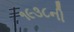
૧૯૩૮ની